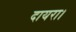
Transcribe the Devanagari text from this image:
दायरा।